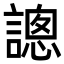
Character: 謥